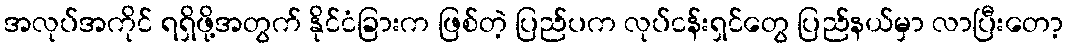
အလုပ်အကိုင် ရရှိဖို့အတွက် နိုင်ငံခြားက ဖြစ်တဲ့ ပြည်ပက လုပ်ငန်းရှင်တွေ ပြည်နယ်မှာ လာပြီးတော့